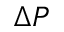
\Delta P